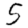
Digit: 5